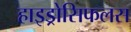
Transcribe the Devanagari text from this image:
हाइड्रोसिफलस